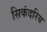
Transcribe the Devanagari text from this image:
सिकंदरिय